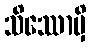
သိဿောမှိ